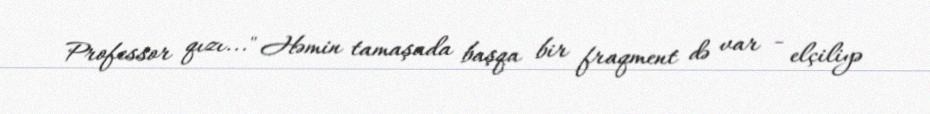
Professor qızı..." Həmin tamaşada başqa bir fraqment də var - elçiliyə